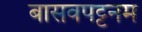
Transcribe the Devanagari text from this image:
बासवपट्टनम